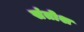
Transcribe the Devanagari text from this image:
संतोश